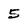
Character: 5